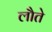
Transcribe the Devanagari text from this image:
लौते